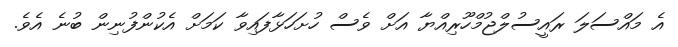
އެ މައްސަލަ ރައީސުލްޖުމްހޫރިއްޔާ އަށް ވެސް ހުށަހަޅާފައިވާ ކަމަށް އެކުންފުނިން ބުނެ އެވެ.